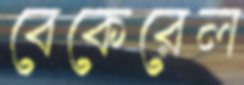
বেকেরেল